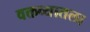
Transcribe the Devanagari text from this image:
वक्तव्यातला